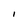
Character: l